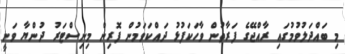
މި ބައްދަލުވުމުގައި ރާއްޖޭގެ ފަރާތުން ވާހަކަފުޅު ދައްކަވަމުން ފޮރިން މިނިސްޓަރު ދުންޔާ ވަނީ